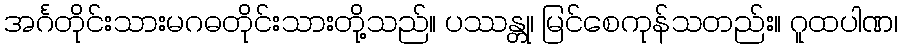
အင်္ဂတိုင်းသားမဂဓတိုင်းသားတို့သည်။ ပဿန္တု၊ မြင်စေကုန်သတည်း။ ဂူထပါဏ၊